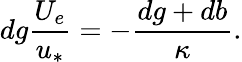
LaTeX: dg\frac{U_{e}}{u_{*}}=-\frac{dg+db}{\kappa}.